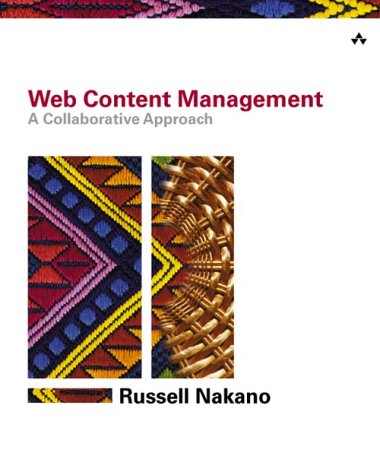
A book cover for Web Content Management: A Collaborative Approach; Russell Nakano; Computers & Technology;